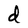
Character: d